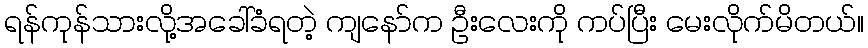
ရန်ကုန်သားလို့အခေါ်ခံရတဲ့ ကျနော်က ဦးလေးကို ကပ်ပြီး မေးလိုက်မိတယ်။